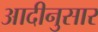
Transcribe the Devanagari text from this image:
आदीनुसार